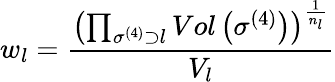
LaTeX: w_{l}=\frac{\left(\prod_{\sigma^{(4)}\supset l}Vol\left(\sigma^{(4)}\right)\right)^{\frac{1}{n_{l}}}}{V_{l}}